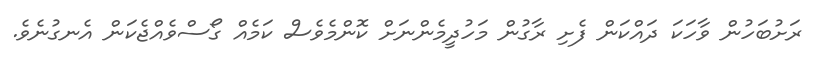
ރަށުބަހުން ވާހަކަ ދައްކަން ފެށި ރާގުން މަހުދީމެންނަށް ކޮންމެވެސް ކަމެއް ގޯސްވެއްޖެކަން އެނގުނެވެ.